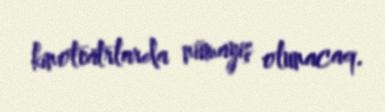
kinoteatrlarda nümayiş olunacaq.